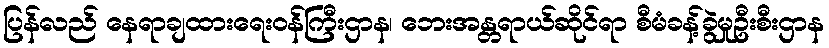
ပြန်လည် နေရာချထားရေးဝန်ကြီးဌာန၊ ဘေးအန္တရာယ်ဆိုင်ရာ စီမံခန့်ခွဲမှုဦးစီးဌာန